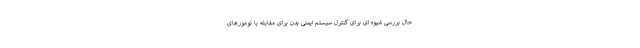
حال بررسی شیوه ای برای کنترل سیستم ایمنی بدن برای مقابله با تومورهای